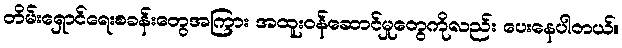
တိမ်းရှောင်ရေးစခန်းတွေအကြား အထူးဝန်ဆောင်မှုတွေကိုလည်း ပေးနေပါတယ်။